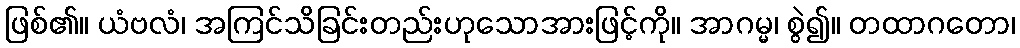
ဖြစ်၏။ ယံဗလံ၊ အကြင်သိခြင်းတည်းဟုသောအားဖြင့်ကို။ အာဂမ္မ၊ စွဲ၍။ တထာဂတော၊